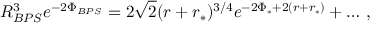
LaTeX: R _ { B P S } ^ { 3 } e ^ { - 2 \Phi _ { B P S } } = 2 \sqrt { 2 } ( r + r _ { * } ) ^ { 3 / 4 } e ^ { - 2 \Phi _ { * } + 2 ( r + r _ { * } ) } + \ldots \, ,